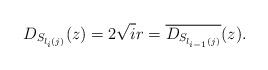
LaTeX: \begin{align*} D_{S_{l_{i}(j)}}(z) = 2 \sqrt{i} r = \overline{D_{S_{l_{i-1}(j)}}}(z). \end{align*}